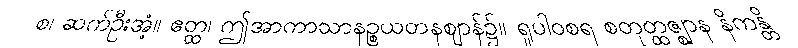
စ၊ ဆက်ဦးအံ့။ ဧတ္ထ၊ ဤအာကာသာနဉ္စယတနဈာန်၌။ ရူပါဝစရ စတုတ္ထဇ္ဈာန နိကန္တိ